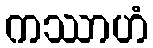
ကဿာဟံ